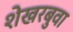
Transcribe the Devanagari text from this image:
शेखरबुवा